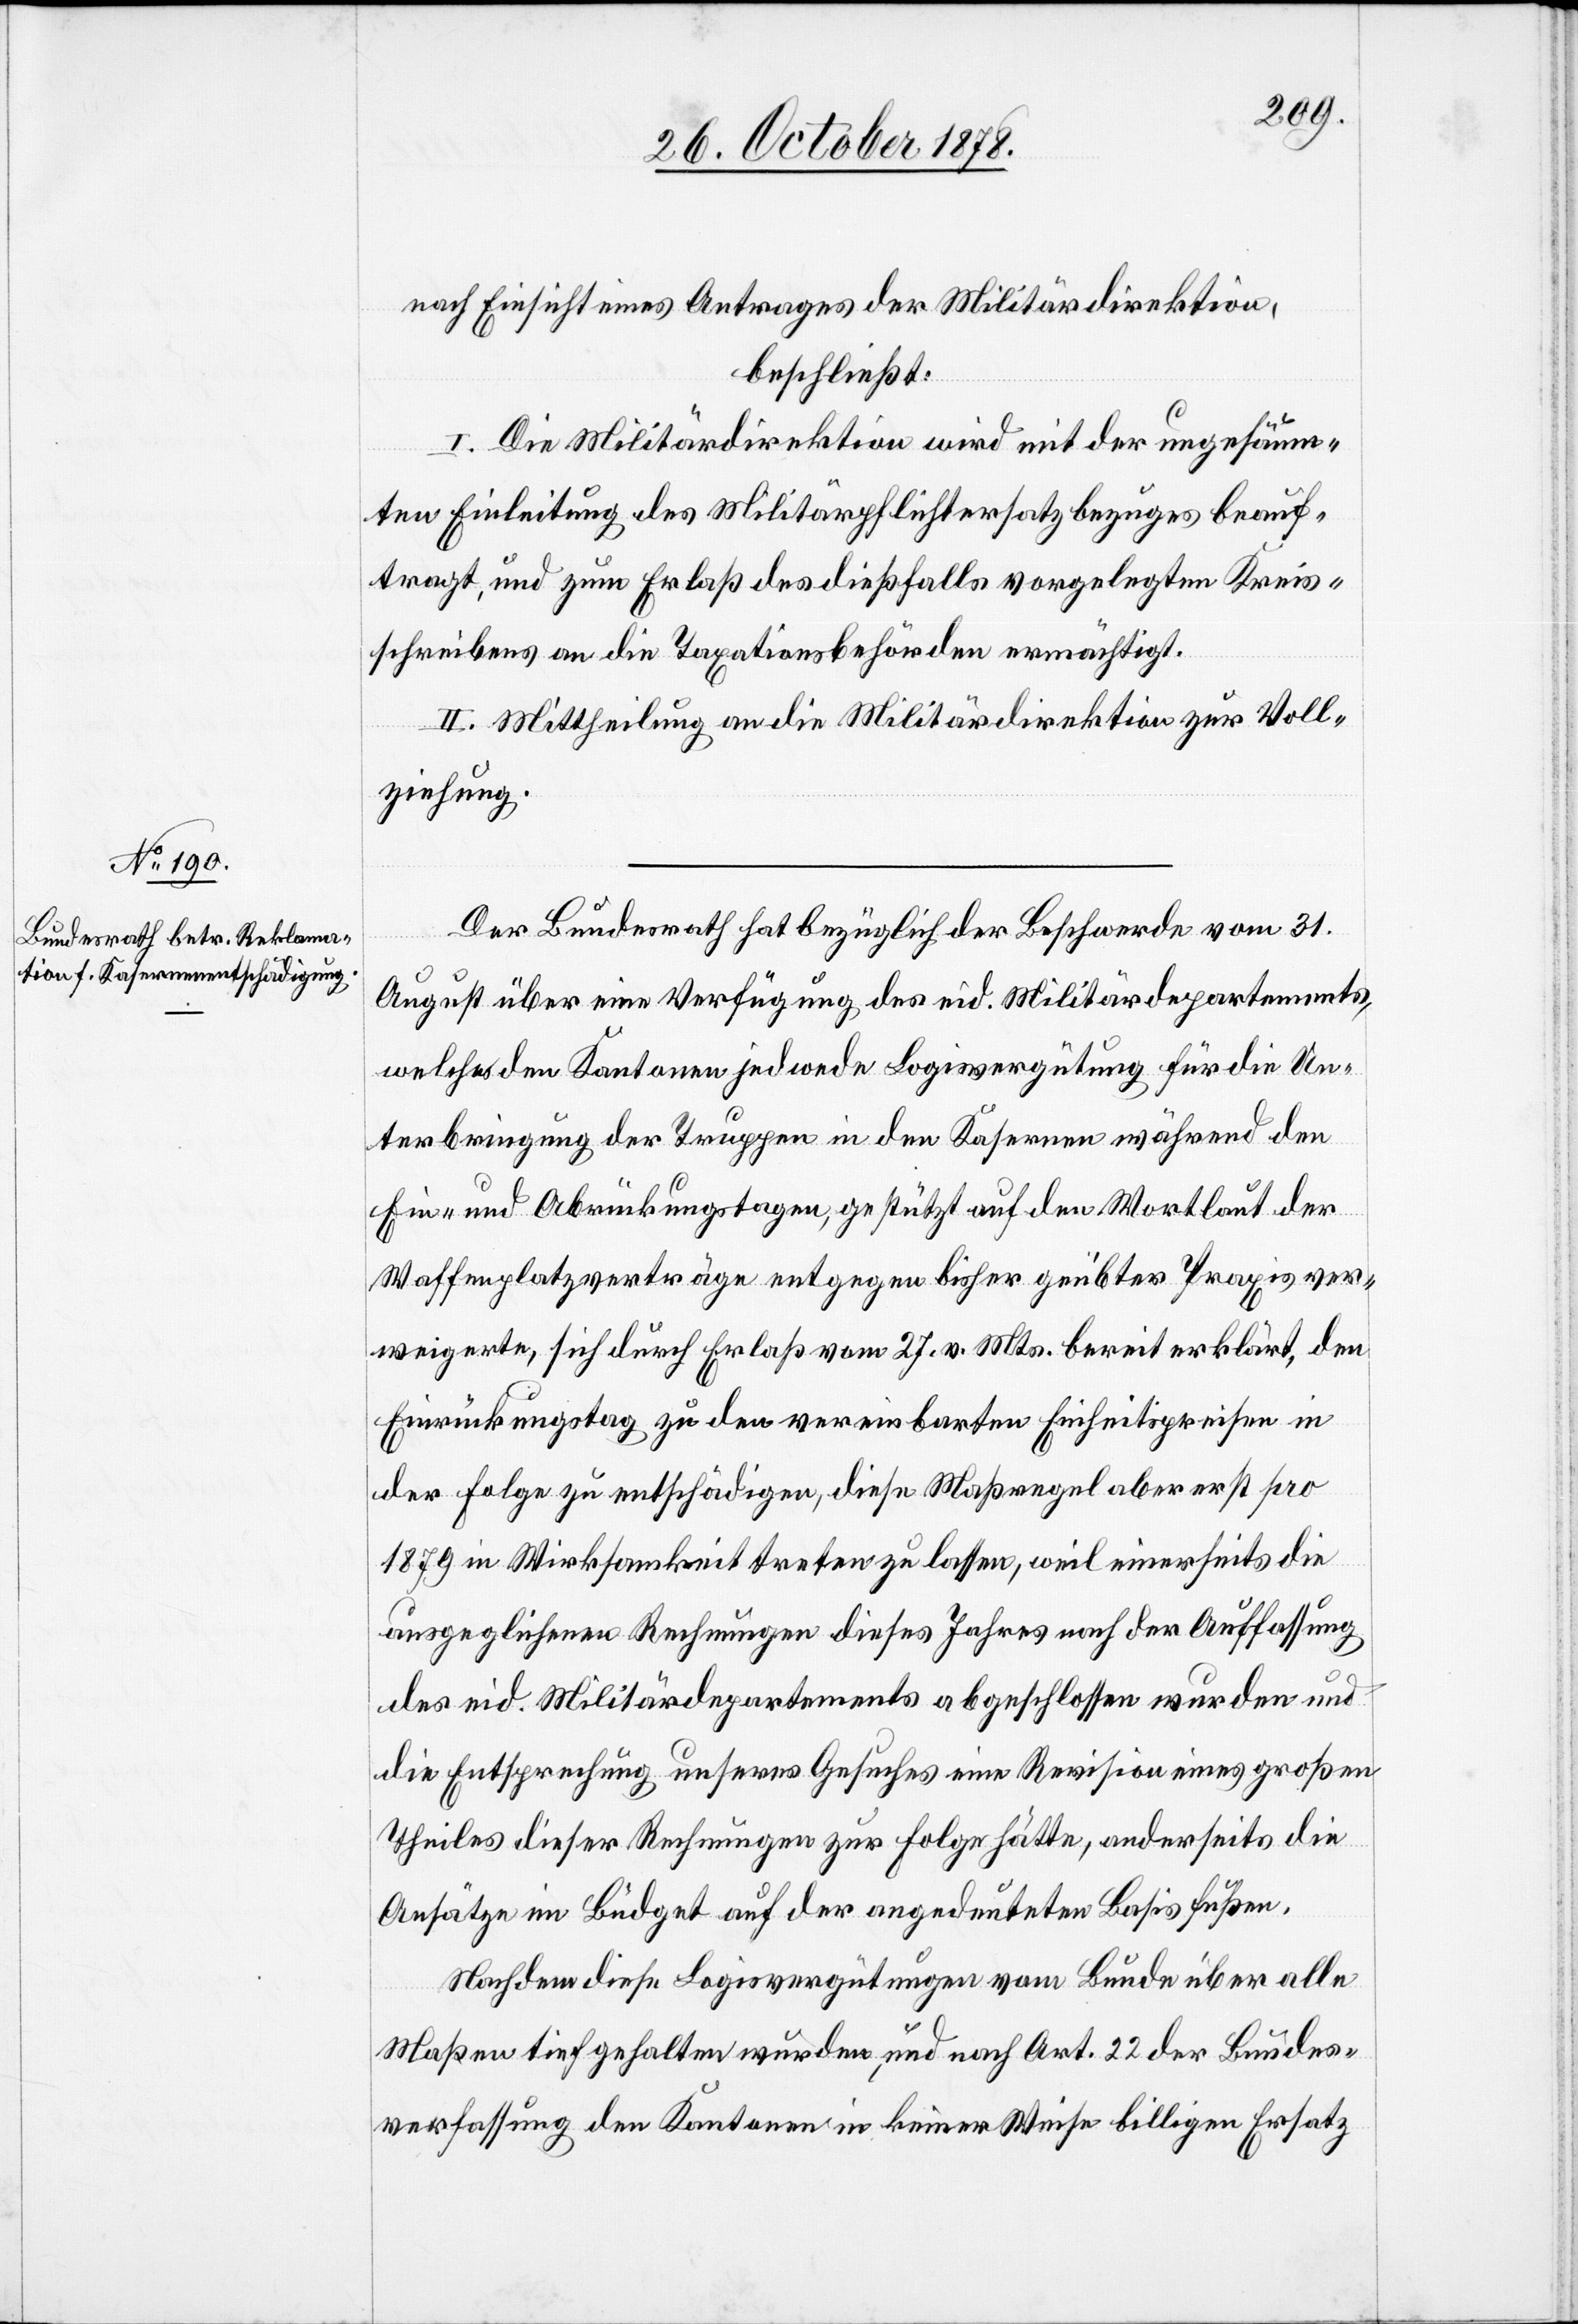
nach Einsicht eines Antrages der Militärdirektion,
beschließt:
I. Die Militärdirektion wird mit der ungesäum¬
ten Einleitung des Militärpflichtersatzbezuges beauf¬
tragt, und zum Erlaß des dießfalls vorgelegten Kreis¬
schreibens an die Taxationsbehörden ermächtigt.
II. Mittheilung an die Militärdirektion zur Voll¬
ziehung.
Der Bundesrath hat bezüglich der Beschwerde vom 31.
August über eine Verfügung des eid. Militärdepartements,
welches den Kantonen jedwede Logisvergütung für die Un¬
terbringung der Truppen in den Kasernen während den
Ein- und Abrückungstagen, gestützt auf den Wortlaut der
Waffenplatzverträge entgegen bisher geübter Praxis ver¬
weigerte, sich durch Erlaß vom 27. v. Mts. bereit erklärt, den
Einrückungstag zu den vereinbarten Einheitspreisen in
der Folge zu entschädigen, diese Maßregel aber erst pro
1879 in Wirksamkeit treten zu lassen, weil einerseits die
ausgeglichenen Rechnungen dieses Jahres nach der Auffassung
des eid. Militärdepartements abgeschlossen wurden und
die Entsprechung unseres Gesuches eine Revision eines großen
Theiles dieser Rechnungen zur Folge hätte, anderseits die
Ansätze im Büdget auf der angedeuteten Basis fußen.
Nachdem diese Logisvergütungen vom Bunde über alle
Maßen tief gehalten wurden, und nach Art. 22 der Bundes¬
verfassung den Kantonen in keiner Weise billigen Ersatz